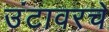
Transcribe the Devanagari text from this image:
उंटावरचे